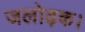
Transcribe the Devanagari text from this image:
जलोढ़क।